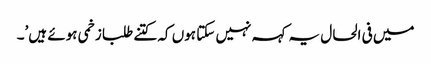
میں فی الحال یہ کہہ نہیں سکتا ہوں کہ کتنے طلبا زخمی ہوئے ہیں’۔